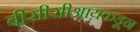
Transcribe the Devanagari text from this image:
बीसीसीआयकडून